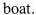
boat.